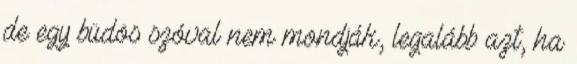
de egy büdös szóval nem mondják, legalább azt, ha